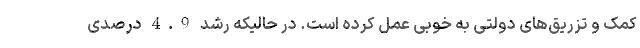
کمک و تزریق‌های دولتی به خوبی عمل کرده است. در حالیکه رشد 4.9 درصدی